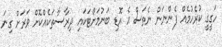
ހަގީގީ ކުރެހުމެއް ފެންނަން ނެތަސް އެ އޮޑި ބަނުމަށްޓަކައި ދިރާސާތަކެއްކޮށް ވަރަށް ގިނަ